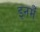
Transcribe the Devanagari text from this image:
इनमेँ